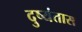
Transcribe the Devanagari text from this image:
दुष्यंतास